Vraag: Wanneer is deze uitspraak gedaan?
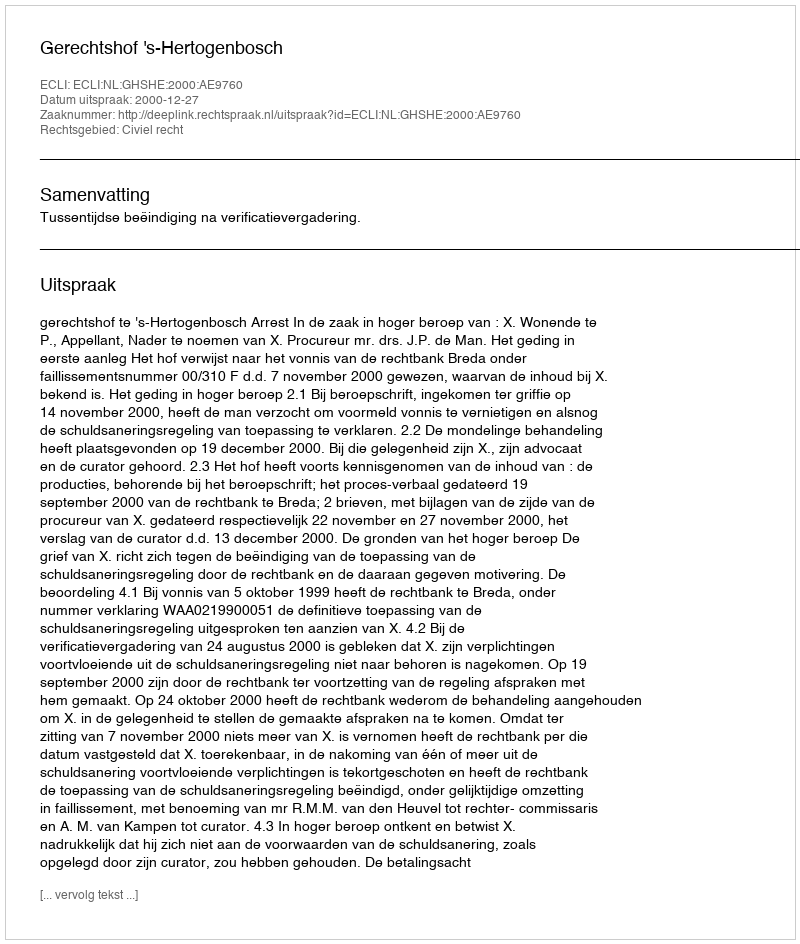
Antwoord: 2000-12-27